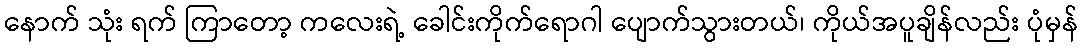
နောက် သုံး ရက် ကြာတော့ ကလေးရဲ့ ခေါင်းကိုက်ရောဂါ ပျောက်သွားတယ်၊ ကိုယ်အပူချိန်လည်း ပုံမှန်